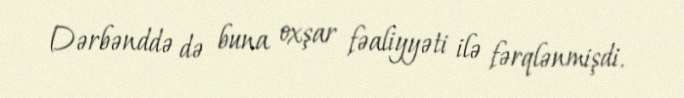
Dərbənddə də buna oxşar fəaliyyəti ilə fərqlənmişdi.